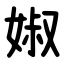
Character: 婌